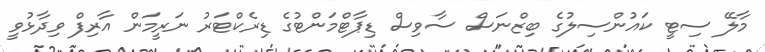
މާލޭ ސިޓީ ކައުންސިލުގެ ބިޒްނަސް ސާވިސް ޑިޕާޓްމަންޓުގެ ޑިރެކްޓަރު ނަރީމަން އާރިފް ވިދާޅުވީ